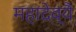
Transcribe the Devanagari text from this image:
महादेव्यै